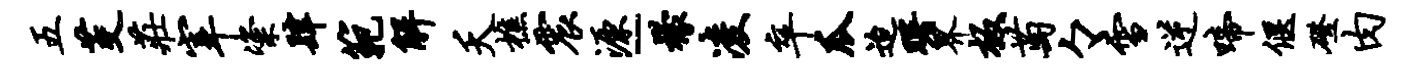
五茭庄宰粢肆范解夭樵震源-檬凌卒瓜迨曙界板萄々雪逆啼偃磴肉